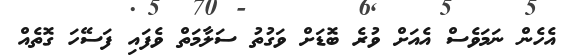
އެހެން ނަމަވެސް އެއަށް ވުރެ ބޮޑަށް ވަގުތު ސަލާމަތް ވެފައި ފަސޭހަ ގޮތެއް